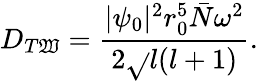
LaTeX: D_{T\mathfrak{W}}=\frac{{|\psi_{0}|^{2}r_{0}^{5}\bar{{N}}\omega^{2}}}{{2\sqrt{}{{l(l+1)}}}}.